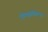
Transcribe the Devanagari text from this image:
रोथ्सचिल्ड